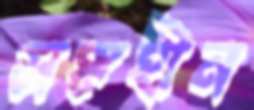
সঙ্গহীন